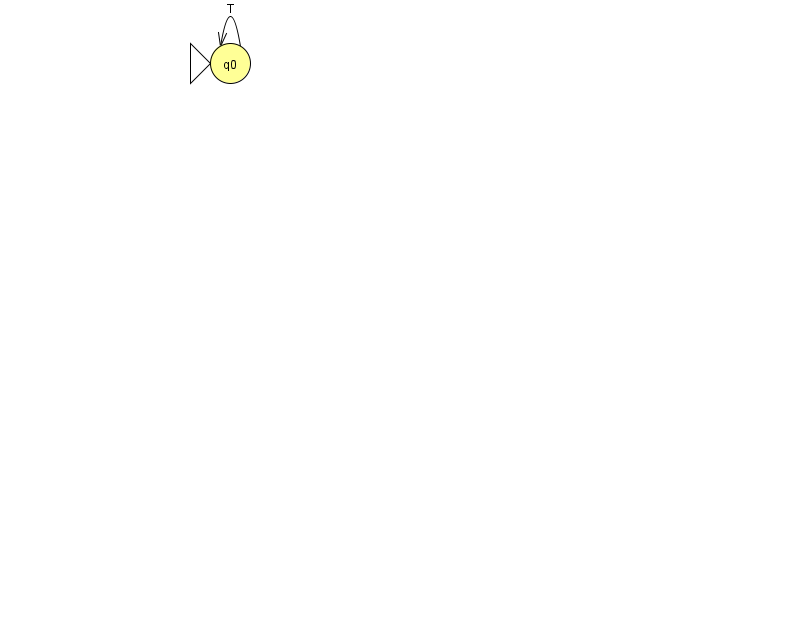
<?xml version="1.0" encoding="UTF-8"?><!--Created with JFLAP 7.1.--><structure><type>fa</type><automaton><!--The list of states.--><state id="0" name="q0"><x>230.0</x><y>50.0</y><initial/></state><!--The list of transitions.--><transition><from>0</from><to>0</to><read>T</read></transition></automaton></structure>